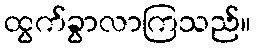
ထွက်ခွာလာကြသည်။